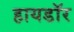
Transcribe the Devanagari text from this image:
हायडॉर